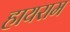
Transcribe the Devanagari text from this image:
हायराम